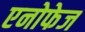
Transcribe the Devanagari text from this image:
एनोफेज